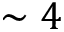
\sim 4